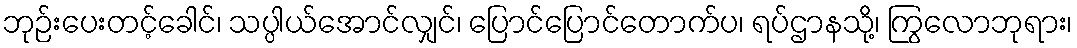
ဘုဉ်းပေးတင့်ခေါင်၊ သပ္ပါယ်အောင်လျှင်၊ ပြောင်ပြောင်တောက်ပ၊ ရပ်ဌာနသို့၊ ကြွလောဘုရား၊